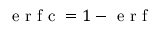
\mathrm { ~ e ~ r ~ f ~ c ~ } = 1 - \mathrm { ~ e ~ r ~ f ~ }